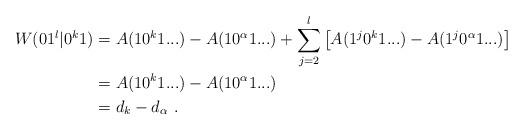
LaTeX: \begin{align*}W(01^l|0^k1 )&= A(10^k1...)-A(10^\alpha1...) + \sum_{j=2}^l \left[ A(1^j0^k1...) - A(1^j0^\alpha1...) \right] \\&= A(10^k1...)-A(10^\alpha1...) \\&= d_{k} - d_\alpha \ .\end{align*}